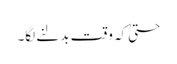
حتیٰ کہ وقت بدلنے لگا۔